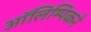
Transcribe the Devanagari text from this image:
ऑलिम्पिकने